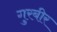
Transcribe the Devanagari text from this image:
गुरबीर